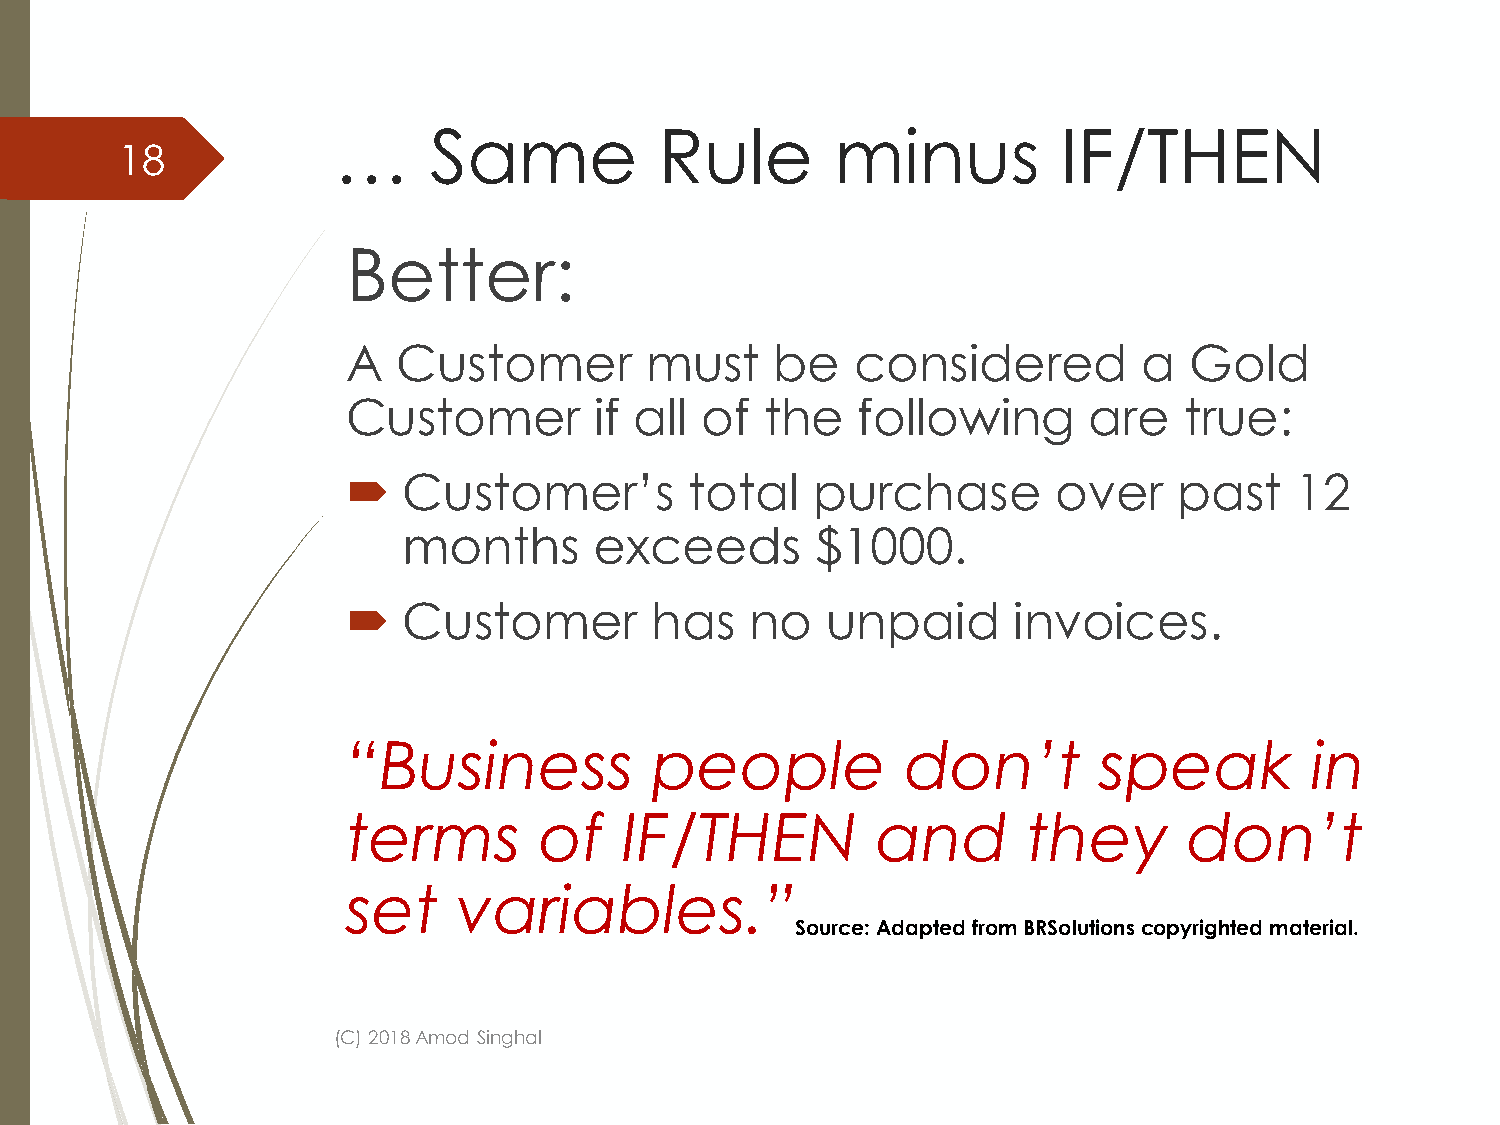
…     Same            Rule       minus          IF/THEN
 18
 Better:
 A  Customer         must    be    considered         a  Gold
 Customer        if all of   the   following      are   true:
    Customer’s         total   purchase        over    past    12
 months      exceeds        $1000.
    Customer        has    no   unpaid      invoices.
 “Business           people           don’t        speak         in
 terms        of   IF/THEN          and       they       don’t
 set    variables.”
 Source: Adapted from BRSolutionscopyrighted material.
 (C) 2018 Amod Singhal